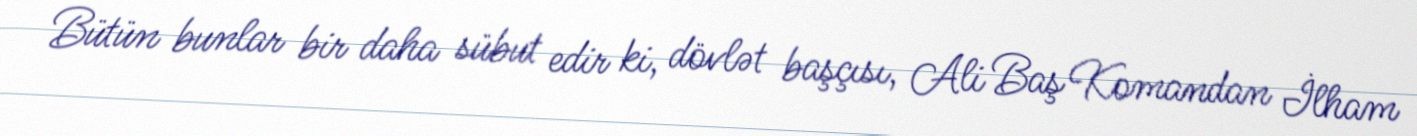
Bütün bunlar bir daha sübut edir ki, dövlət başçısı, Ali Baş Komandan İlham